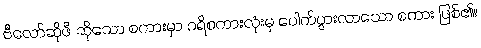
ဗီလော်ဆိုဖီ ဆိုသော စကားမှာ ဂရိစကားလုံးမှ ပေါက်ပွားလာသော စကား ဖြစ်၏။